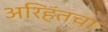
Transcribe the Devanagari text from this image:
अरिहंतचा